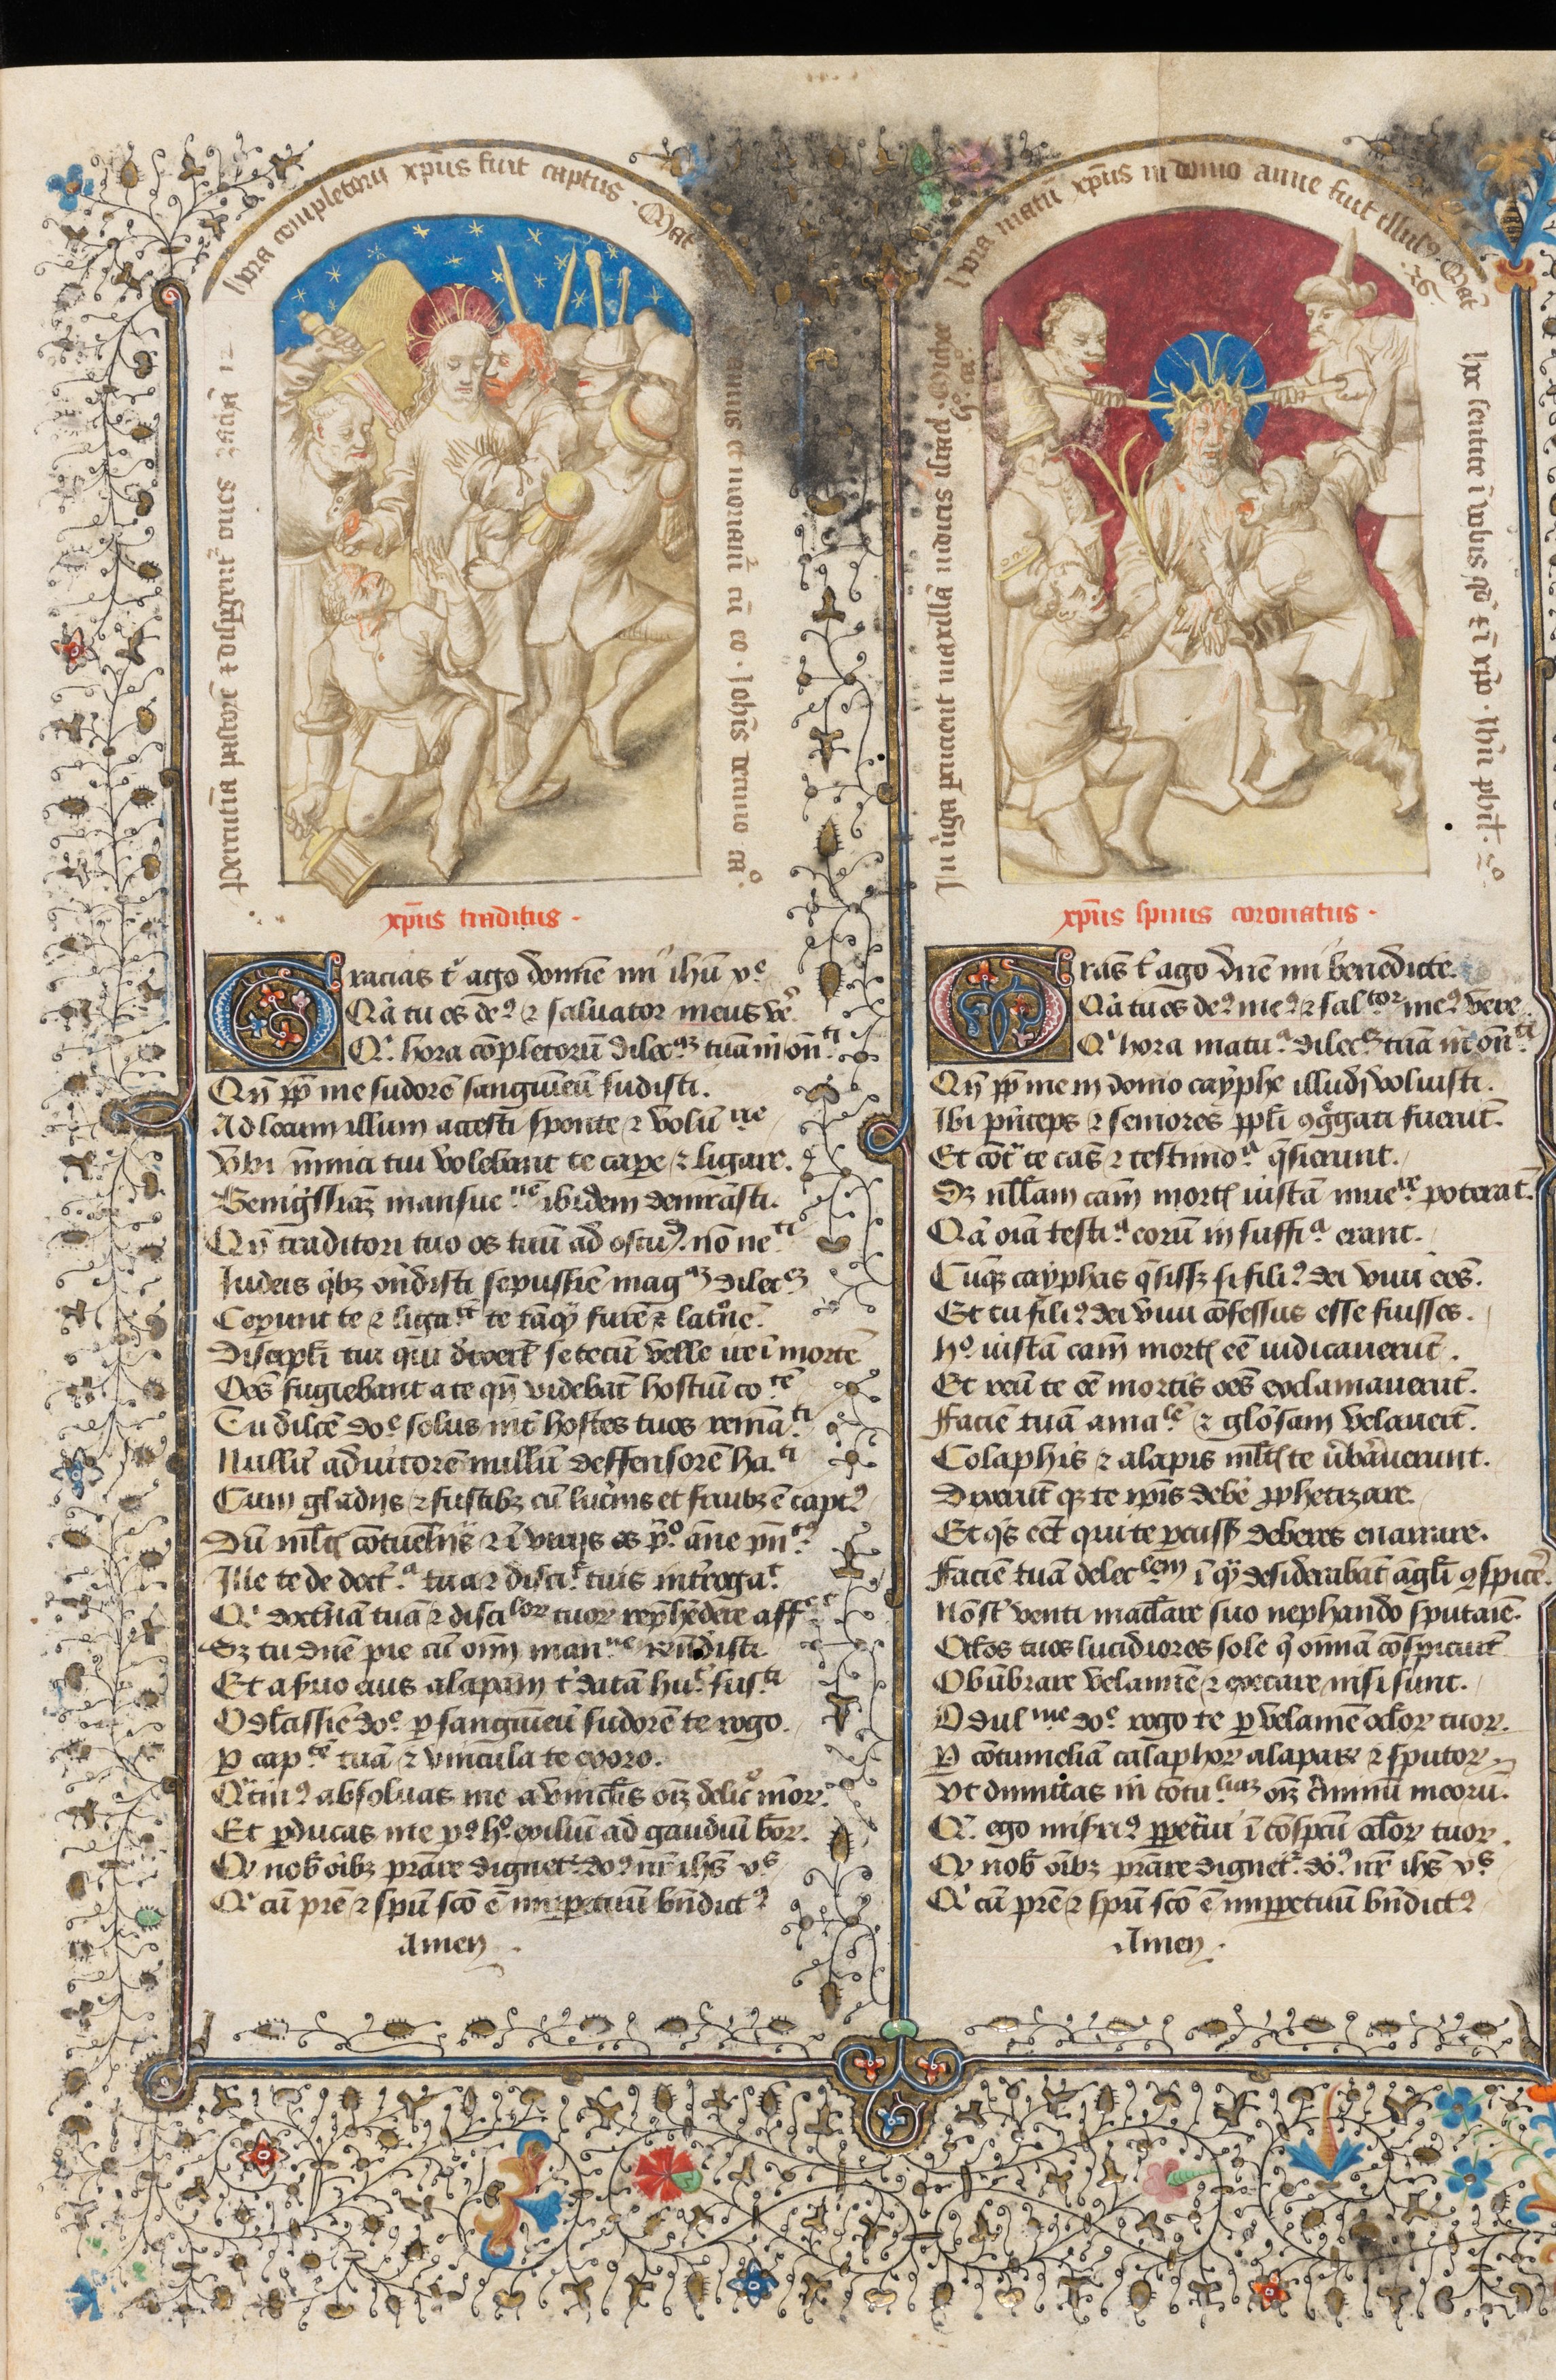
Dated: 1430–1450